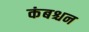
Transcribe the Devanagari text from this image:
कंबश्चन